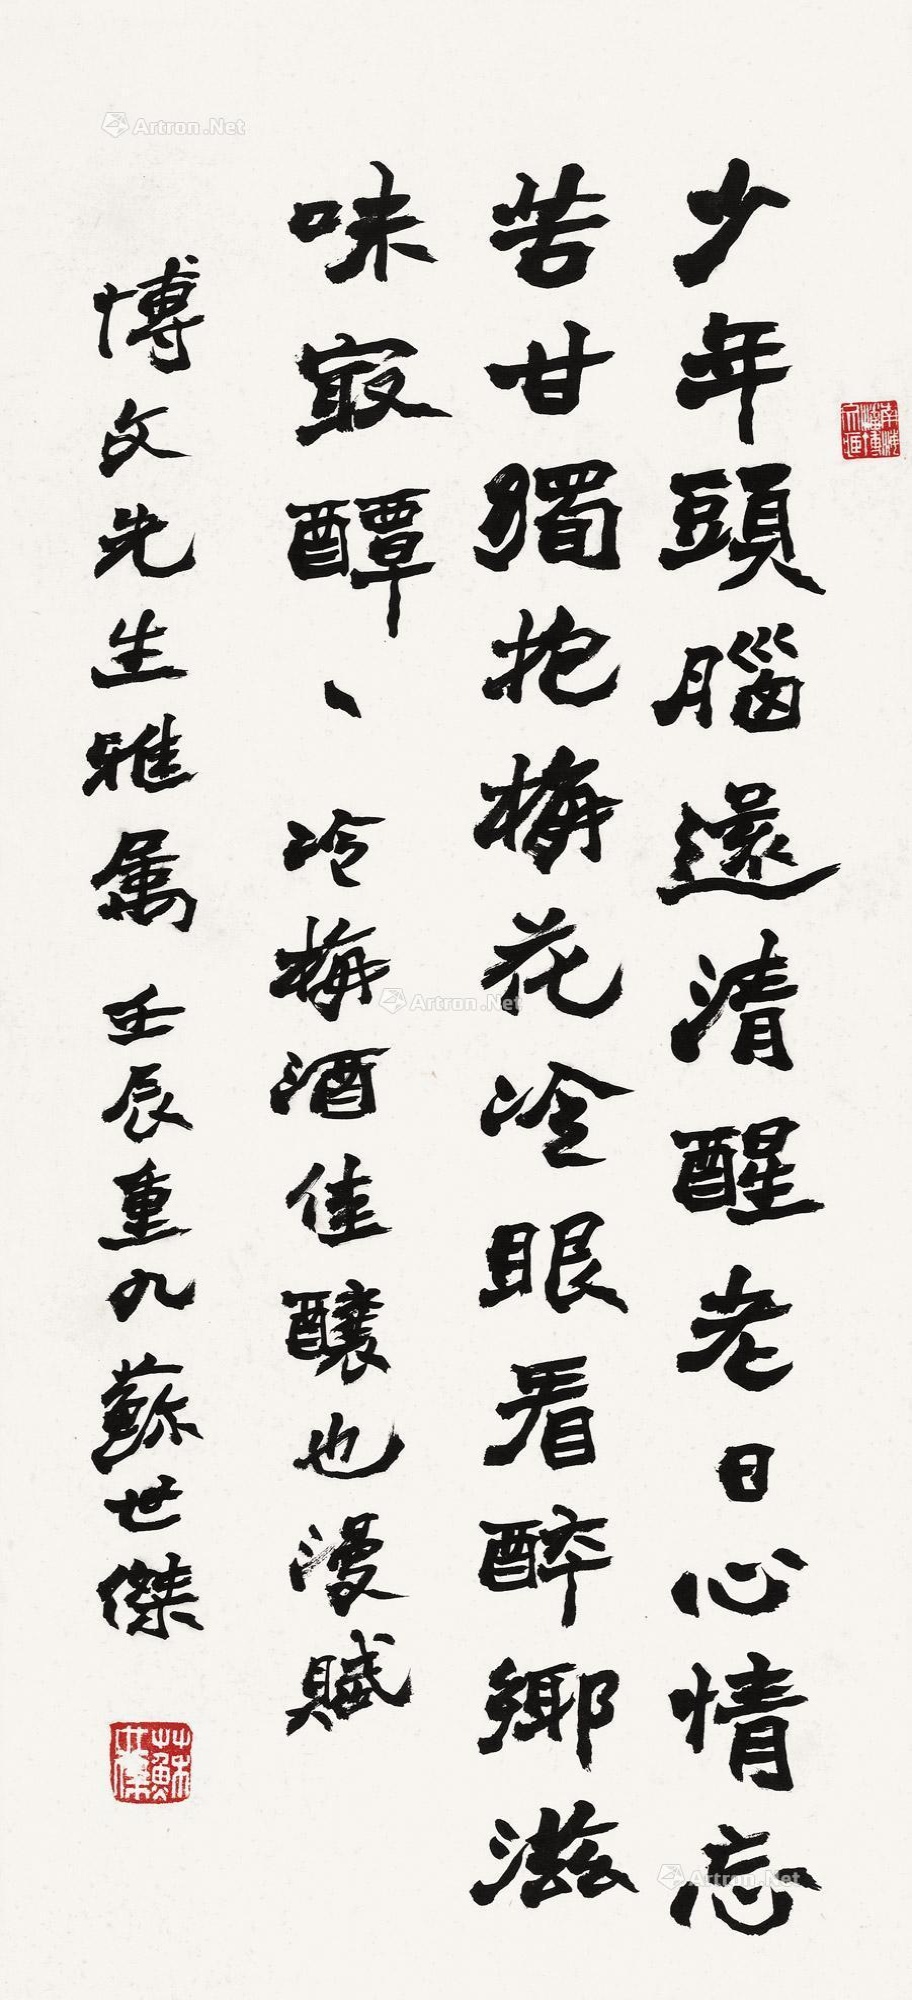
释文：少年头脑还清醒，老日心情忘苦甘。独抱梅花冷眼看，醉乡滋味最醰醰。冷梅酒佳酿也，漫赋。博文先生雅属。壬辰重九，苏世杰。